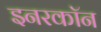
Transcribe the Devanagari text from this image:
इनरकॉन